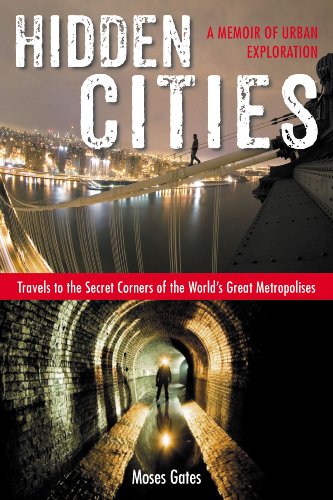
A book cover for Hidden Cities: Travels to the Secret Corners of the World's Great Metropolises; A Memoir of Urb an Exploration; Moses Gates; Biographies & Memoirs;